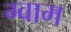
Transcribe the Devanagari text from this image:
ग्वाम